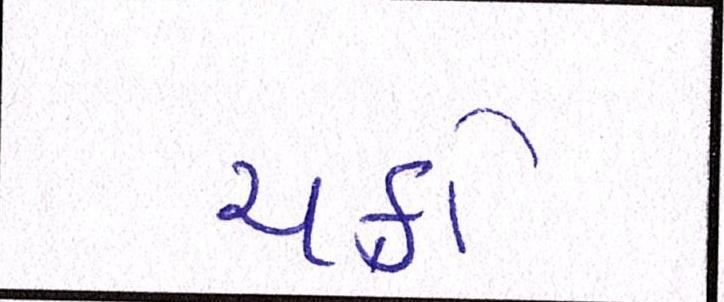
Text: ચક્રો